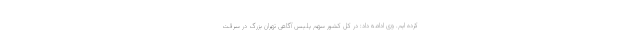
کرده ایم. وی ادامه داد: در کل کشور سهم پلیس آگاهی تهران بزرگ در سرقت